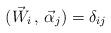
LaTeX: \begin{align*}({\vec W}_{i}\, ,\, {\vec \alpha}_{j})=\delta_{ij}\end{align*}